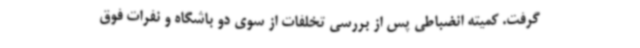
گرفت. کمیته انضباطی پس از بررسی تخلفات از سوی دو باشگاه و نفرات فوق